Lunatic asylums Central Provinces reports 1886-1894 - 1886-1894
Year: 1886
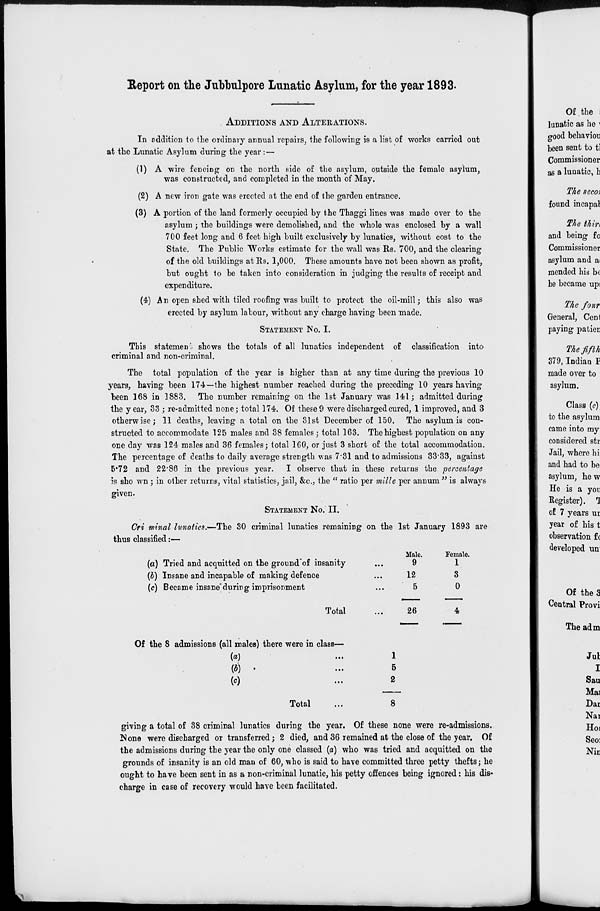
Report on the Jubbulpore lunatic Asylum, for the year 1893.
ADDITIONS AND ALTERATIONS.
In addition to the ordinary annual repairs, the following is a list of works carried out
at the Lunatic Asylum during the year:—
(1) A wire fencing on the north side of the asylum, outside the female asylum,
was constructed, and completed in the month of May.
(2) A new iron gate was erected at the end of the garden entrance.
(3) A portion of the land formerly occupied by the Thaggi lines was made over to the
asylum; the buildings were demolished, and the whole was enclosed by a wall
700 feet long and 6 feet high built exclusively by lunatics, without cost to the
State. The Public Works estimate for the wall was Rs. 700, and the clearing
of the old buildings at Rs. 1,000. These amounts have not been shown as profit,
but ought to be taken into consideration in judging the results of receipt and
expenditure.
(4) An open shed with tiled roofing was built to protect the oil-mill; this also was
erected by asylum labour, without any charge having been made.
STATEMENT No. I.
This statement shows the totals of all lunatics independent of classification into
criminal and non-criminal.
The total population of the year is higher than at any time during the previous 10
years, having been 174—the highest number reached during the preceding 10 years having
been 168 in 1883. The number remaining on the 1st January was 141; admitted during
the year, 33 ; re-admitted none; total 174. Of these 9 were discharged cured, 1 improved, and 3
otherwise; 11 deaths, leaving a total on the 31st December of 150. The asylum is con-
structed to accommodate 125 males and 38 females; total 163. The highest population on any
one day was 124 males and 36 females; total 160, or just 3 short of the total accommodation.
The percentage of deaths to daily average strength was 7.31 and to admissions 33.33, against
5.72 and 22.86 in the previous year. I observe that in these returns the percentage
is shown ; in other returns, vital statistics, jail, &c., the " ratio per mille per annum " is always
given.
STATEMENT No. II.
Criminal lunatics.—The 30 criminal lunatics remaining on the 1st January 1893 are
thus classified:—
(a) Tried and acquitted on the ground of insanity...
(b) Insane and incapable of making defence...
(c) Became insane during imprisonment...
Total...
Male.
9
12
5
26
Female.
1
3
0
4
Of the 8 admissions (all males) there were in class—
(a)...
(b)...
(c)...
Total...
1
5
2
8
giving a total of 38 criminal lunatics during the year. Of these none were re-admissions.
None were discharged or transferred; 2 died, and 36 remained at the close of the year. Of
the admissions during the year the only one classed (a) who was tried and acquitted on the
grounds of insanity is an old man of 60, who is said to have committed three petty thefts; he
ought to have been sent in as a non-criminal lunatic, his petty offences being ignored: his dis-
charge in case of recovery would have been facilitated.